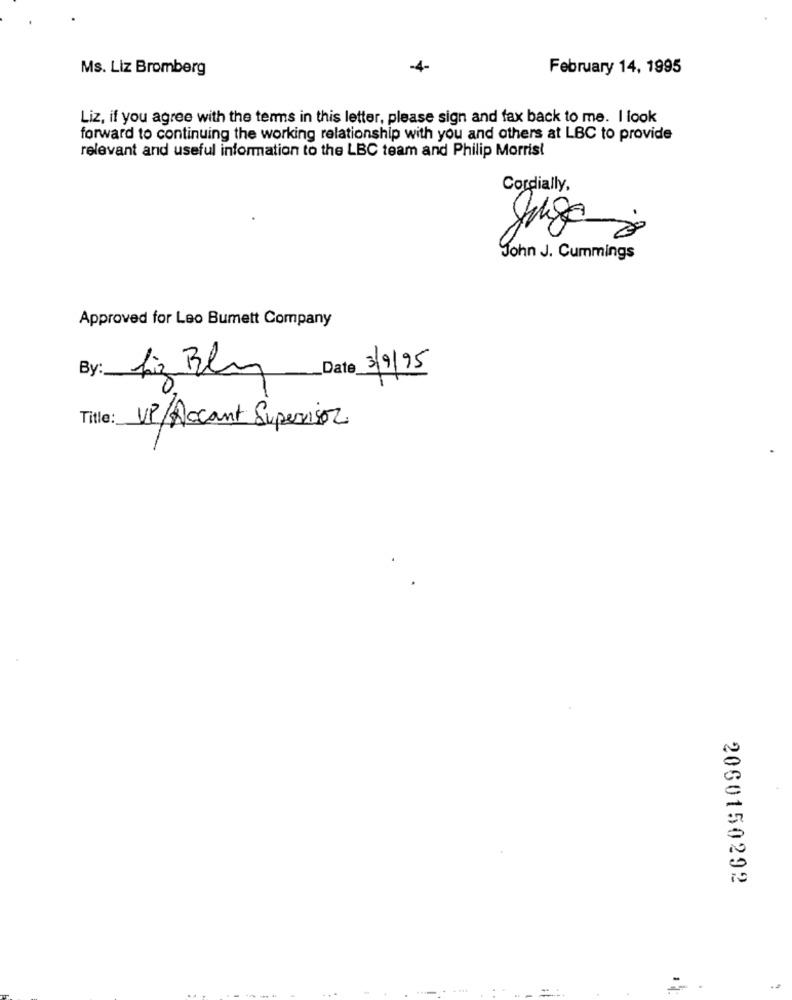
Ms. Liz Bromberg
-4-
February 14, 1995
Liz, if you agree with the terms in this letter, please sign and fax back to me. I look
forward to continuing the working relationship with you and others at LBC to provide
relevant and useful information to the LBC team and Philip Morris!
Cordially,
Jugo :
John J. Cummings
Approved for Leo Bumett Company
Liz Bly
Date 3/9/95
By:
Title:
VP/Accant Supervisor
2060150292
. ...